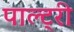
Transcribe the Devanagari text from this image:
पाल्ट्री